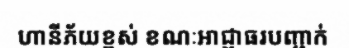
ហានីភ័យខ្ពស់ ខណៈអាជ្ញាធរបញ្ជាក់